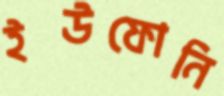
ইউফোনি